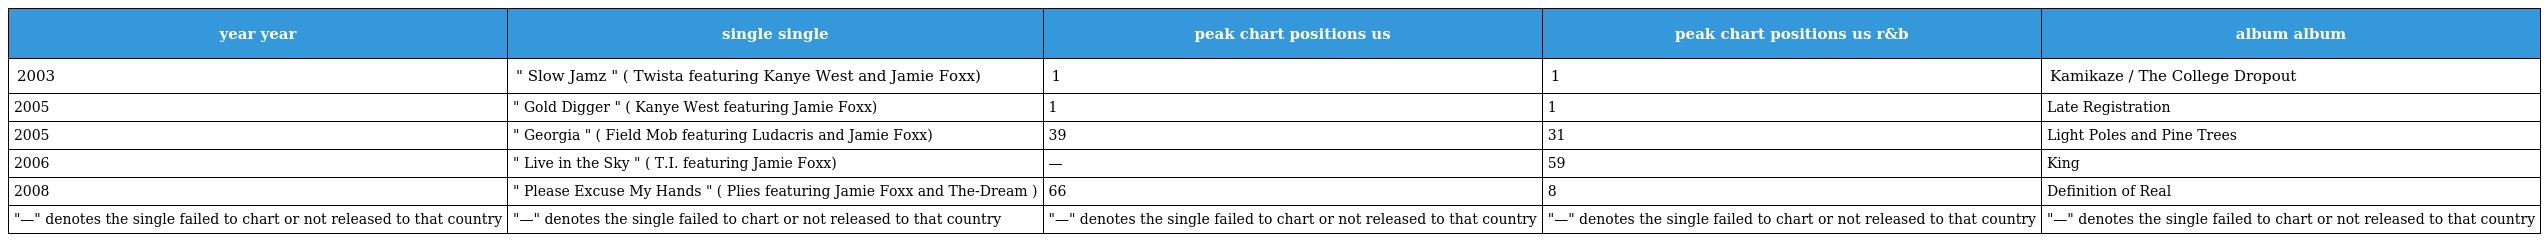
| year year | single single | peak chart positions us | peak chart positions us r&b | album album |
 | --- | --- | --- | --- | --- |
 | 2003 | " Slow Jamz " ( Twista featuring Kanye West and Jamie Foxx) | 1 | 1 | Kamikaze / The College Dropout |
 | 2005 | " Gold Digger " ( Kanye West featuring Jamie Foxx) | 1 | 1 | Late Registration |
 | 2005 | " Georgia " ( Field Mob featuring Ludacris and Jamie Foxx) | 39 | 31 | Light Poles and Pine Trees |
 | 2006 | " Live in the Sky " ( T.I. featuring Jamie Foxx) | — | 59 | King |
 | 2008 | " Please Excuse My Hands " ( Plies featuring Jamie Foxx and The-Dream ) | 66 | 8 | Definition of Real |
 | "—" denotes the single failed to chart or not released to that country | "—" denotes the single failed to chart or not released to that country | "—" denotes the single failed to chart or not released to that country | "—" denotes the single failed to chart or not released to that country | "—" denotes the single failed to chart or not released to that country |